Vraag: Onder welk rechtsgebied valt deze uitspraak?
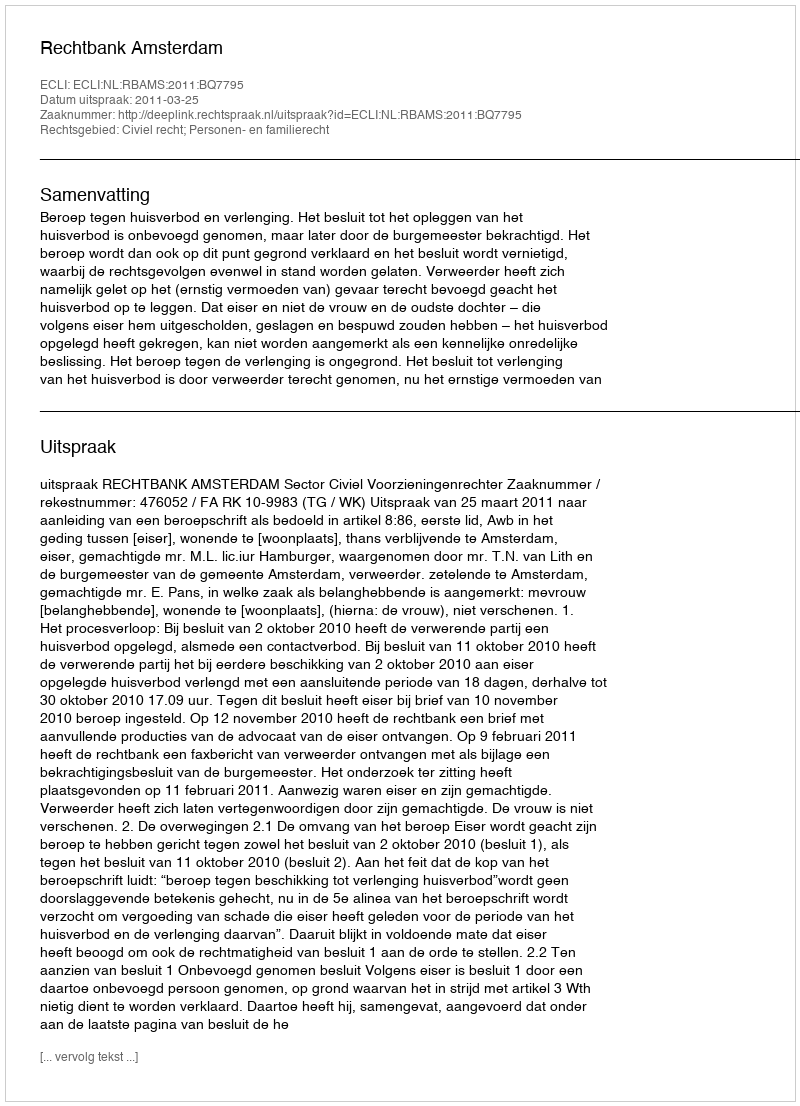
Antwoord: Civiel recht; Personen- en familierecht